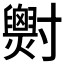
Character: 𡭓